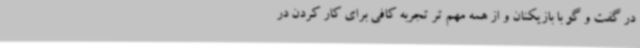
در گفت و گو با بازیکنان و از همه مهم تر تجربه کافی برای کار کردن در